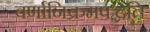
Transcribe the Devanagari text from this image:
वर्णानिक्रमपद्धति